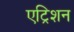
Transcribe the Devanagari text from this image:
एट्रिशन